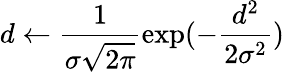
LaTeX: d\leftarrow\frac{1}{\sigma\sqrt{2\pi}}\textrm{exp}(-\frac{d^{2}}{2\sigma^{2}})